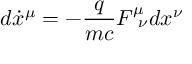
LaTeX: d \dot { x } ^ { \mu } = - \frac { q } { m c } F _ { \, \, \, \nu } ^ { \mu } d { x } ^ { \nu }